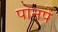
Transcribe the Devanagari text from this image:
पोनपे